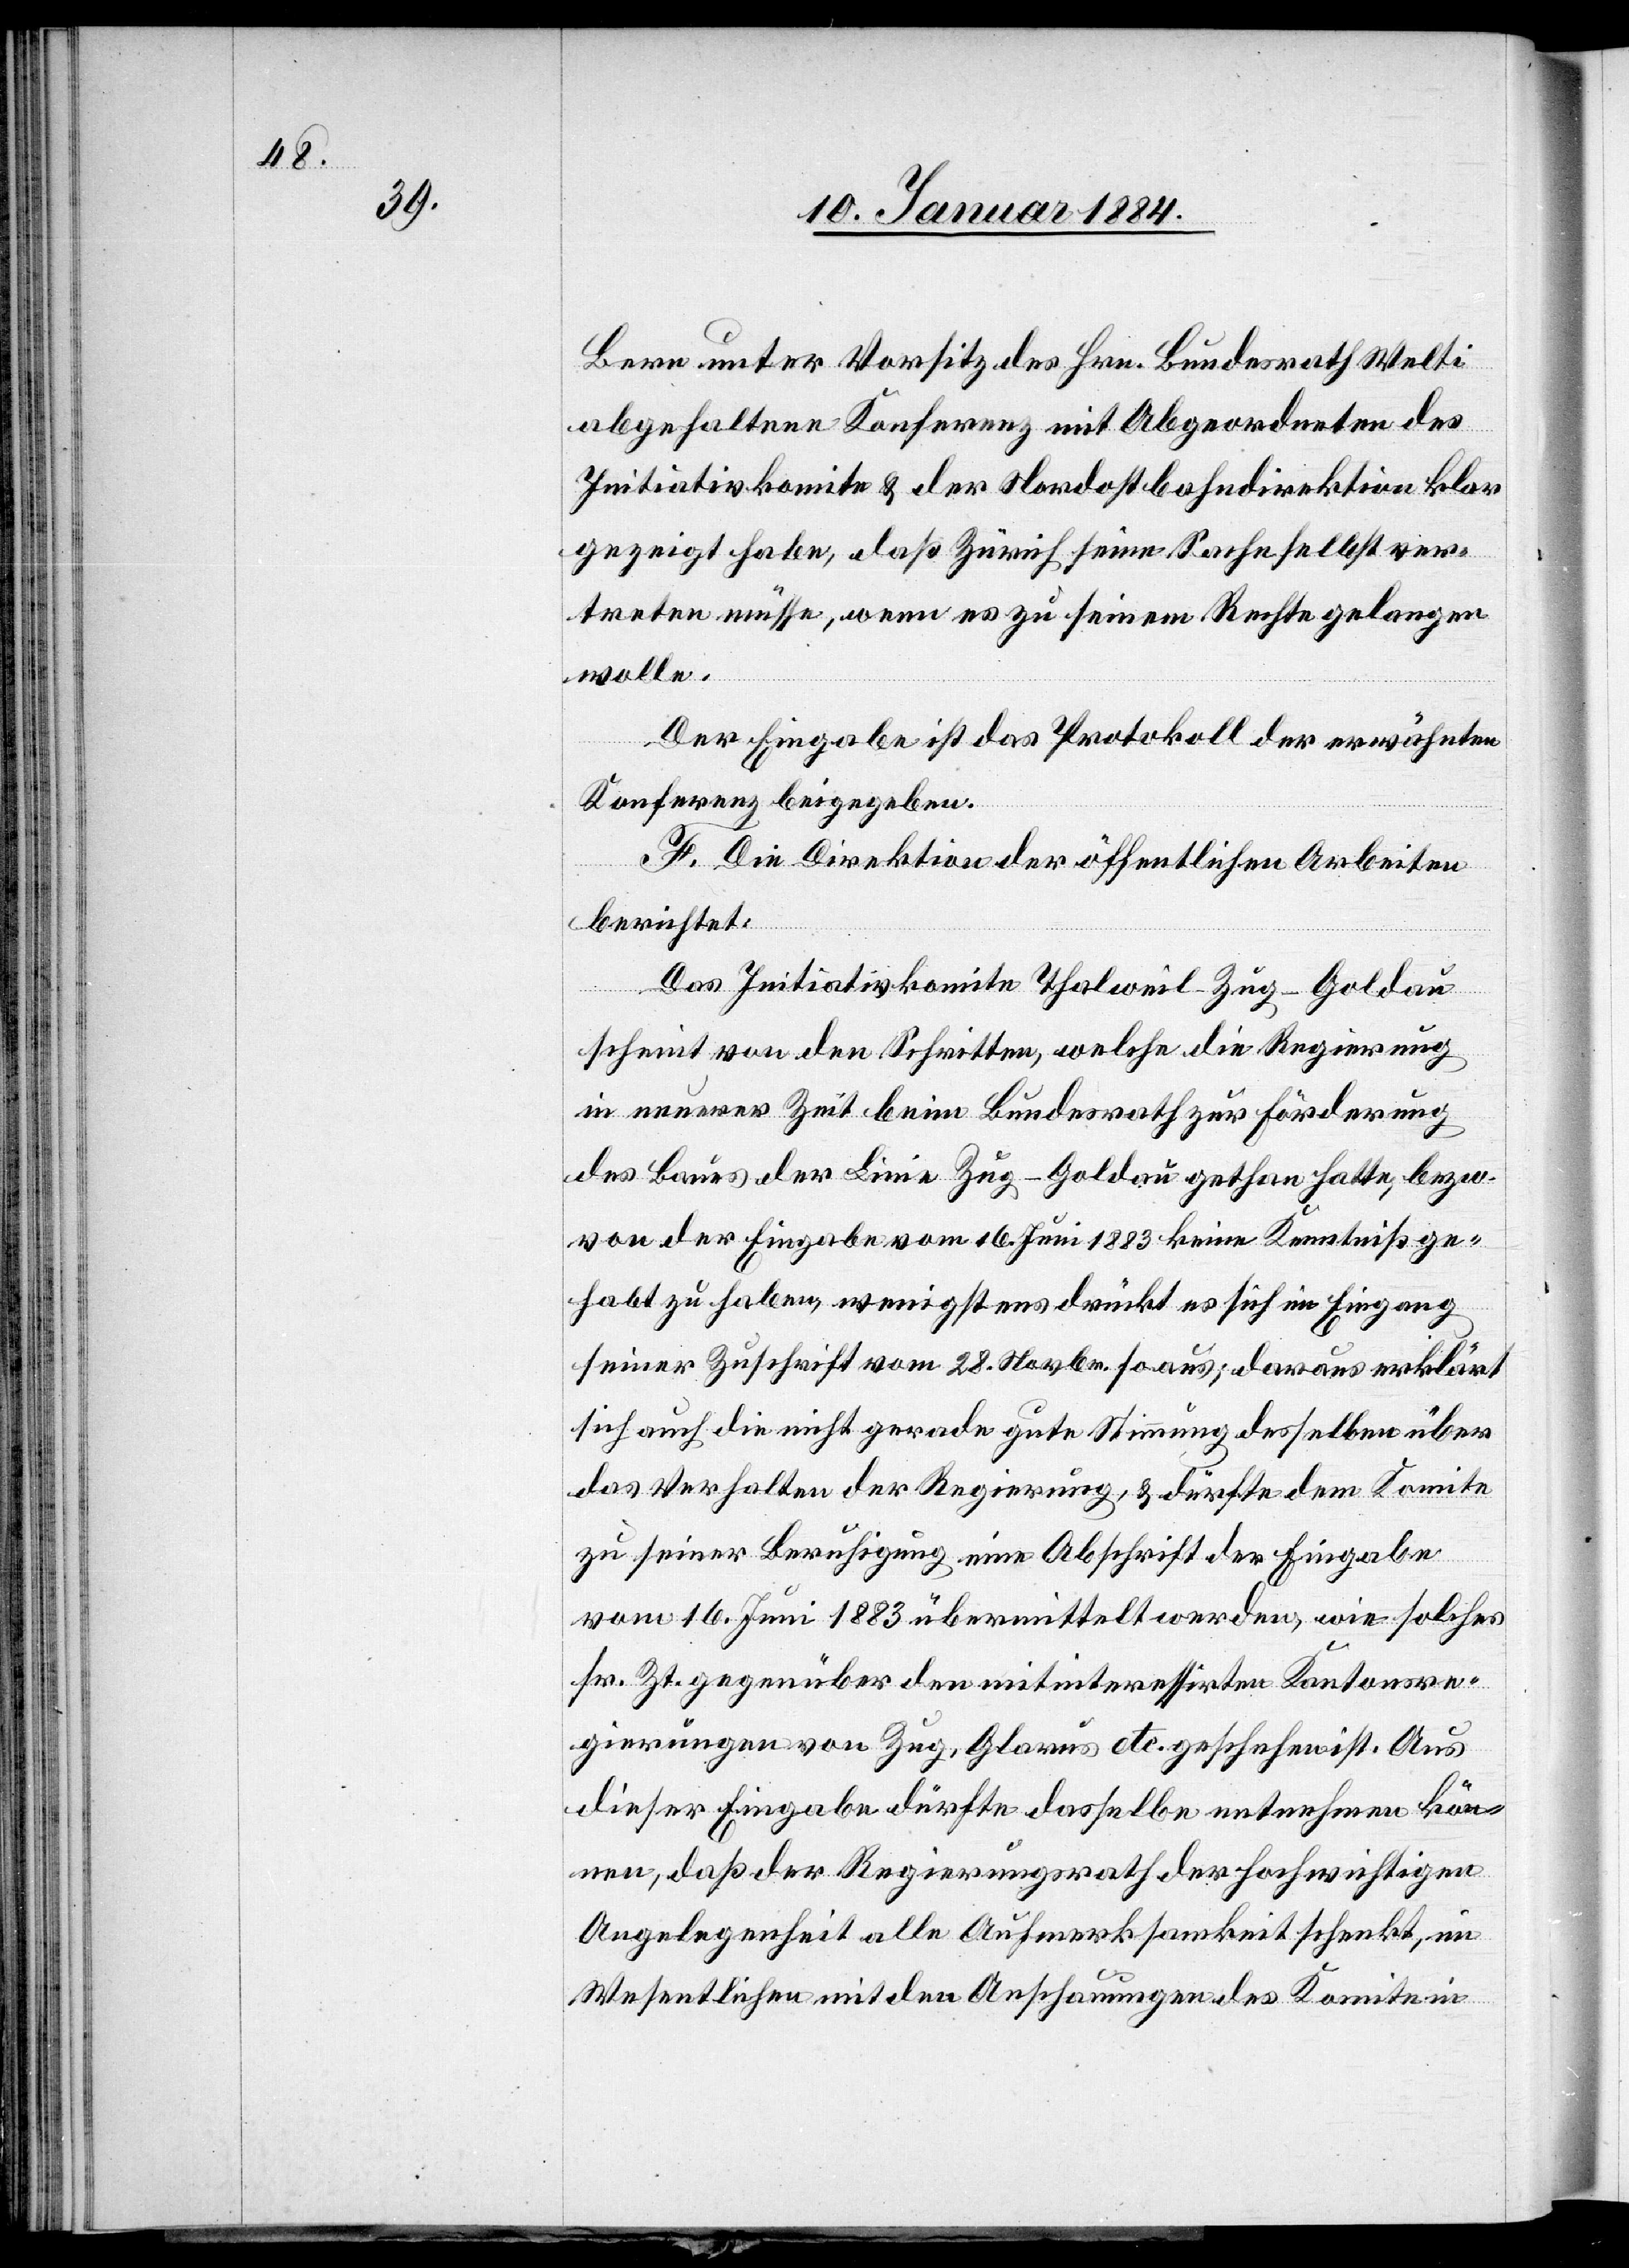
Bern unter Vorsitz des Hrn. Bundesrath Welti
abgehaltene Konferenz mit Abgeordneten des
Initiativkomite & der Nordostbahndirektion klar
gezeigt habe, daß Zürich seine Sache selbst ver¬
treten müsse, wenn es zu seinem Rechte gelangen
wolle.
Der Eingabe ist das Protokoll der erwähnten
Konferenz beigegeben.
F. Die Direktion der öffentlichen Arbeiten
berichtet:
Das Initiativkomite Thalweil–Zug–Goldau
scheint von den Schritten, welche die Regierung
in neuerer Zeit beim Bundesrath zur Förderung
des Baues der Linie Zug–Goldau gethan hatte, bzw.
von der Eingabe vom 16. Juni 1883 keine Kenntniß ge¬
habt zu haben, wenigstens drückt es sich in Eingang
seiner Zuschrift vom 28. Novbr. so aus; daraus erklärt
sich auch die nicht gerade gute Stimmung desselben über
das Verhalten der Regierung, & dürfte dem Komite
zu seiner Beruhigung eine Abschrift der Eingabe
vom 16. Juni 1883 übermittelt werden, wie solches
sr. Zt. gegenüber den mitinteressirten Kantonsre¬
gierungen von Zug, Glarus, etc. geschehen ist. Aus
dieser Eingabe dürfte dasselbe entnehmen kön¬
nen, daß der Regierungsrath der hochwichtigen
Angelegenheit alle Aufmerksamkeit schenkt, im
Wesentlichen mit den Anschauungen des Komite in